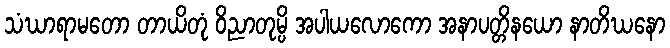
သံဃာရာမတော တာယိတုံ ဝိညာတုမ္ပိ အပါယလောကော အနာပတ္တိနယော နာတိဃနော